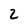
Character: 2